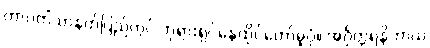
တာဝတိံသာနတ်ပြည်တွင် ဘုရားရှင်နေထိုင်တော်မူပုံ။ အင်္ဂုတ္တရနိကာယ